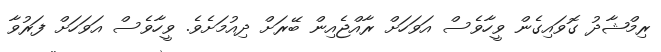
ރިމްޝާދު ގޮވައިގެން ވީހާވެސް އަވަހަށް ރާއްޖެއިން ބޭރަށް ދިއުމަށެވެ. ވީހާވެސް އަވަހަށް ފަރުވާ